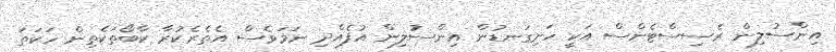
އިންސުލިން ރެސިސްޓެންސް އަކީ ހަށިގަނޑުން އިންސުލިން އުފެއްދި ނަމަވެސް އެތެރެކުރާ ކާބޯތަކެތިން ހަކަތަ